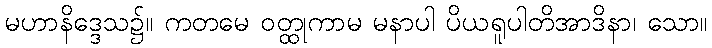
မဟာနိဒ္ဒေသ၌။ ကတမေ ဝတ္ထုကာမ မနာပါ ပိယရူပါတိအာဒိနာ၊ သော။